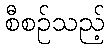
စီစဉ်သည့်